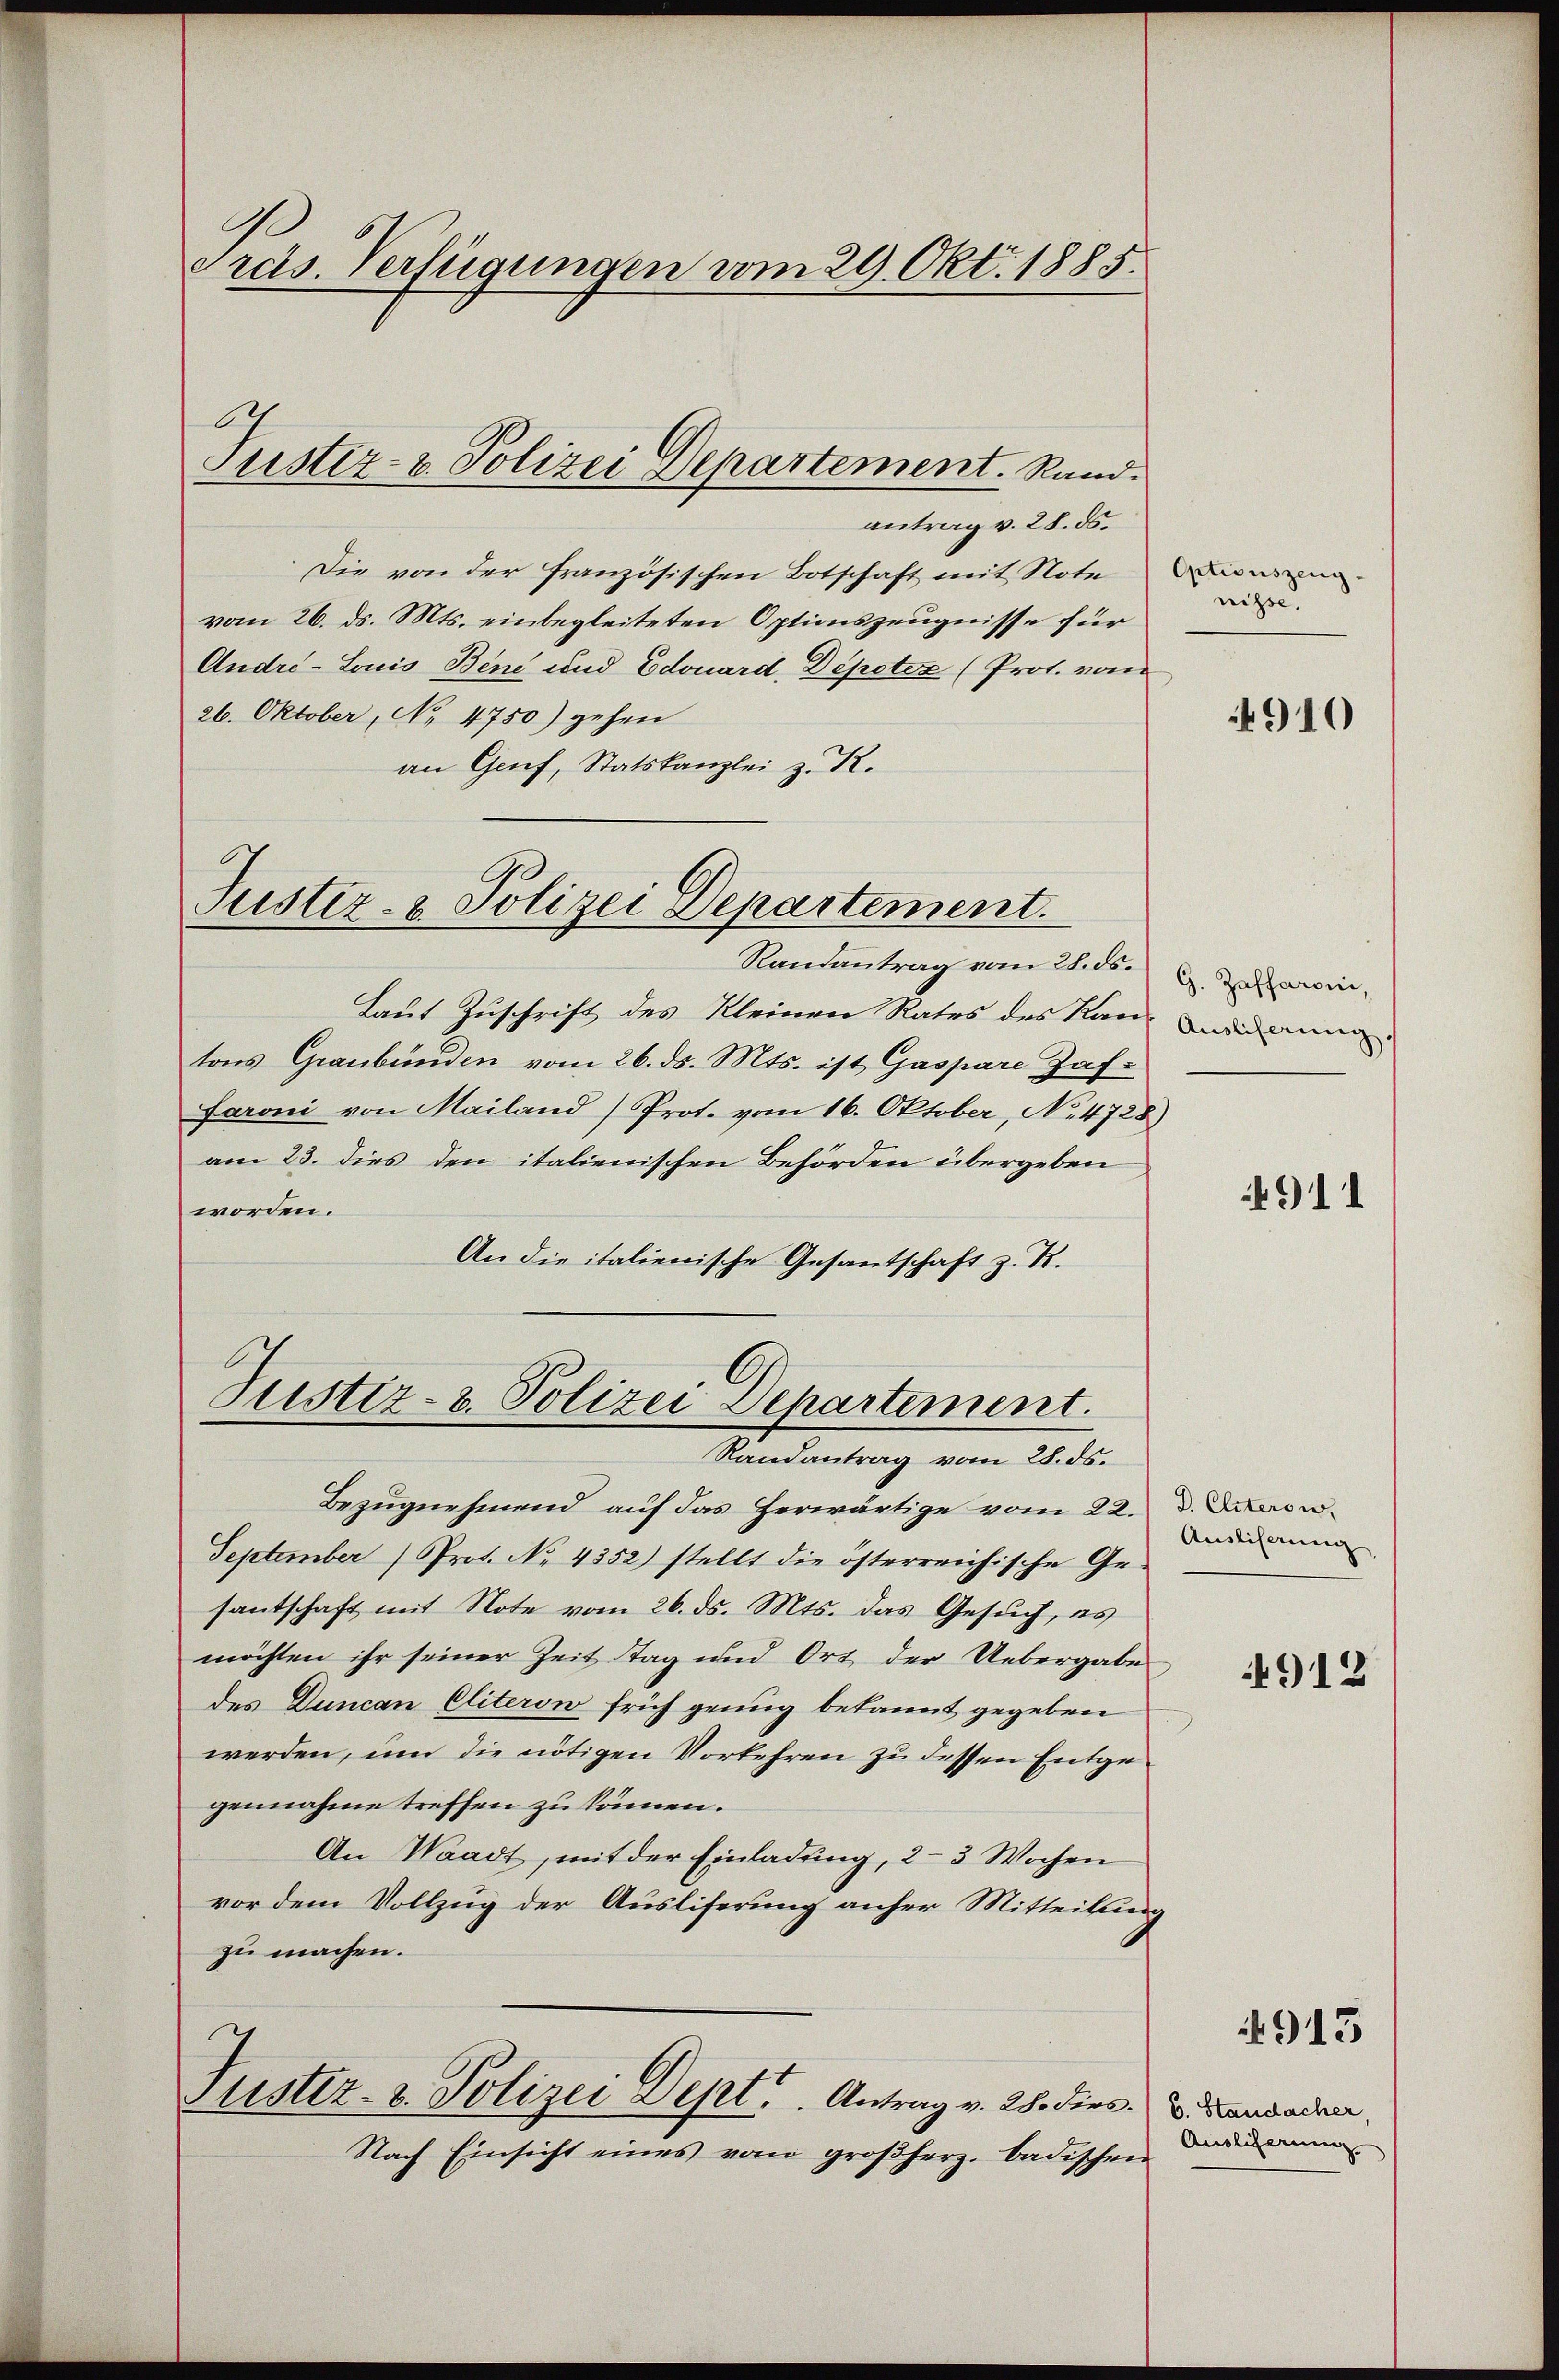
antrag v. 28. ds.
Die von der französischen Botschaft mit Note
vom 26. ds. Mts. einbegleiteten Optionszeugnisse für
André-Louis Bene und Edouard, Depotiz (Prot. vom
26. Oktober, No 4750) gehen
an Genf, Statskanzlei z. R.

Pras. Verfügungen vom 29. Okt. 1885.

Justiz- & Polizei Departement. Rand.

.
Justiz- & Polizei Departement.

Randantrag vom 28. d. 9. Jularen,
Laut Zuschrift des Kleinen Rates des Kan der
tons Graubünden vom 26. ds. Mts. ist Gaspare Zaffaroni von Mailand) Prot. vom 16. Oktober, No. 4728)
am 23. dies den italienischen Behörden übergeben
worden.
An die italienische Gesantschaft z. R.

Justiz- & Polizei Departement.
Randantrag vom 28. ds.

Bezugnehmend auf das herwärtige vom 22. d. Darw
September (Prot. No 4352) stellt die österreichische Gesantschaft mit Note vom 26. ds. Mts. das Gesuch, es
möchten ihr seiner Zeit Tag und Ort der Uebergabe
des Duncan Eliteron früh genug bekannt gegeben
werden, um die nötigen Vorkehren zu dessen Entgegennahme treffen zu können.
An Waadt, mit der Einladung, 2-3 Wochen
vor dem Vollzug der Ausliferung anher Mitteilung
zu machen.
Justiz- & Polizei Dept. Antrag v. 28. dies. v. Mandaden,
Nach Einsicht eines vom großherz. badischen

Optionszeug-
nisse,

910

911

Ausliserung,

912

4915

Auslicherung.